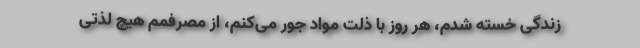
زندگی خسته شدم، هر روز با ذلت مواد جور می‌کنم، از مصرفمم هیچ لذتی